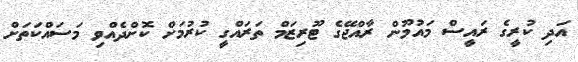
އަދި ކުރީގެ ރައީސް މައުމޫން ރާއްޖޭގެ ޓޫރިޒަމް ތަރައްގީ ކުރުމަށް ކޮށްދެއްވި މަސައްކަތަށް